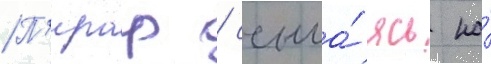
П'ирар / ссыла́ясь на́